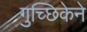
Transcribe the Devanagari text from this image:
गुच्छिकेने